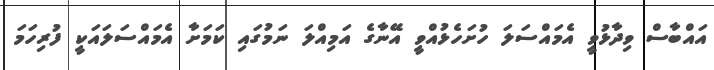
އައްބާސް ވިދާޅުވީ އެމައްސަލަ ހުށަހެޅުއްވީ އޭނާގެ އަމިއްލަ ނަމުގައި ކަމަށާ އެމައްސަލައަކީ ފުރިހަމަ